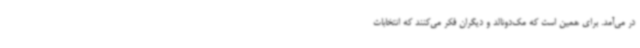
در می‌آمد. برای همین است که مک‌دونالد و دیگران فکر می‌کنند که انتخابات